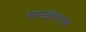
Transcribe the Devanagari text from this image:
फाऊंडेशनला